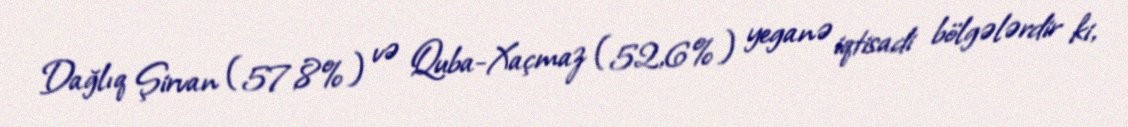
Dağlıq Şirvan (57,8%) və Quba-Xaçmaz (52,6%) yeganə iqtisadi bölgələrdir ki,